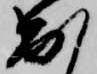
出